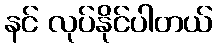
နင် လုပ်နိုင်ပါတယ်